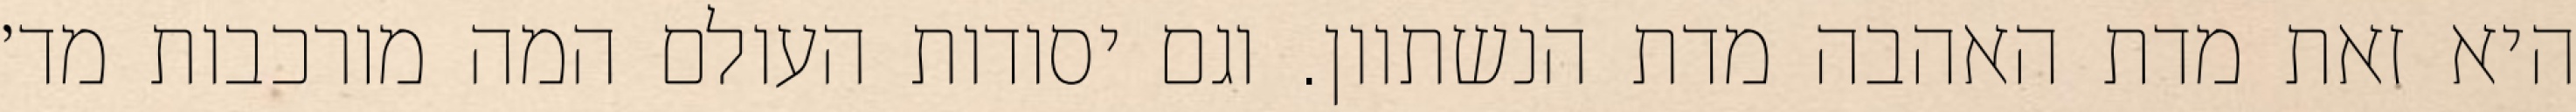
היא זאת מדת האהבה מדת הנשתוון. וגם יסודות העולם המה מורכבות מד׳